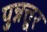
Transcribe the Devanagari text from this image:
पुन्नत्तूर